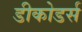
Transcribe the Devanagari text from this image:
डीकोडर्स